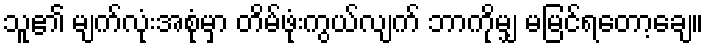
သူ၏ မျက်လုံးအစုံမှာ တိမ်ဖုံးကွယ်လျက် ဘာကိုမျှ မမြင်ရတော့ချေ။